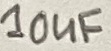
Text: 10uF